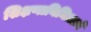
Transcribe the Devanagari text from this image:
शिक्षणानिमित्ताने